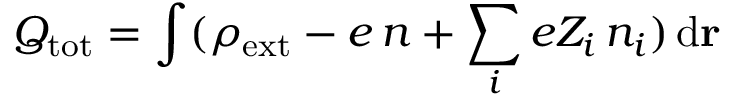
Q _ { \mathrm { t o t } } = \int ( \rho _ { \mathrm { e x t } } - e \, n + \sum _ { i } e Z _ { i } \, n _ { i } ) \, \mathrm { d } \mathbf { r }